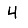
Digit: 4